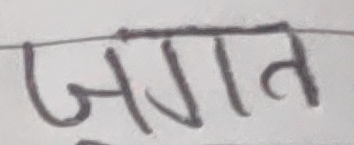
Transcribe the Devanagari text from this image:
जगत